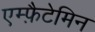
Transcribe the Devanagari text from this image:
एम्फ़ैटेमिन